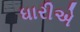
ધારીએ